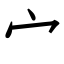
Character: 宀